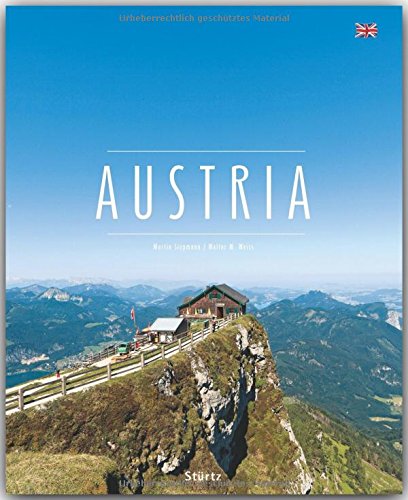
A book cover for Austria (Premium); Walter M. Weiss; Travel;